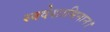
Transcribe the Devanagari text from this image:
स्वदेशाभिमान।